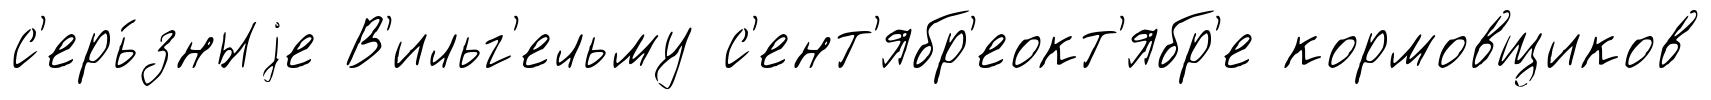
с'ерь́зныjе В'ильг'ельму с'ент'ябр'еокт'ябр'е кормовщиков